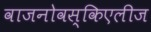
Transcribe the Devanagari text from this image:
वाजनोवस्किएलीज